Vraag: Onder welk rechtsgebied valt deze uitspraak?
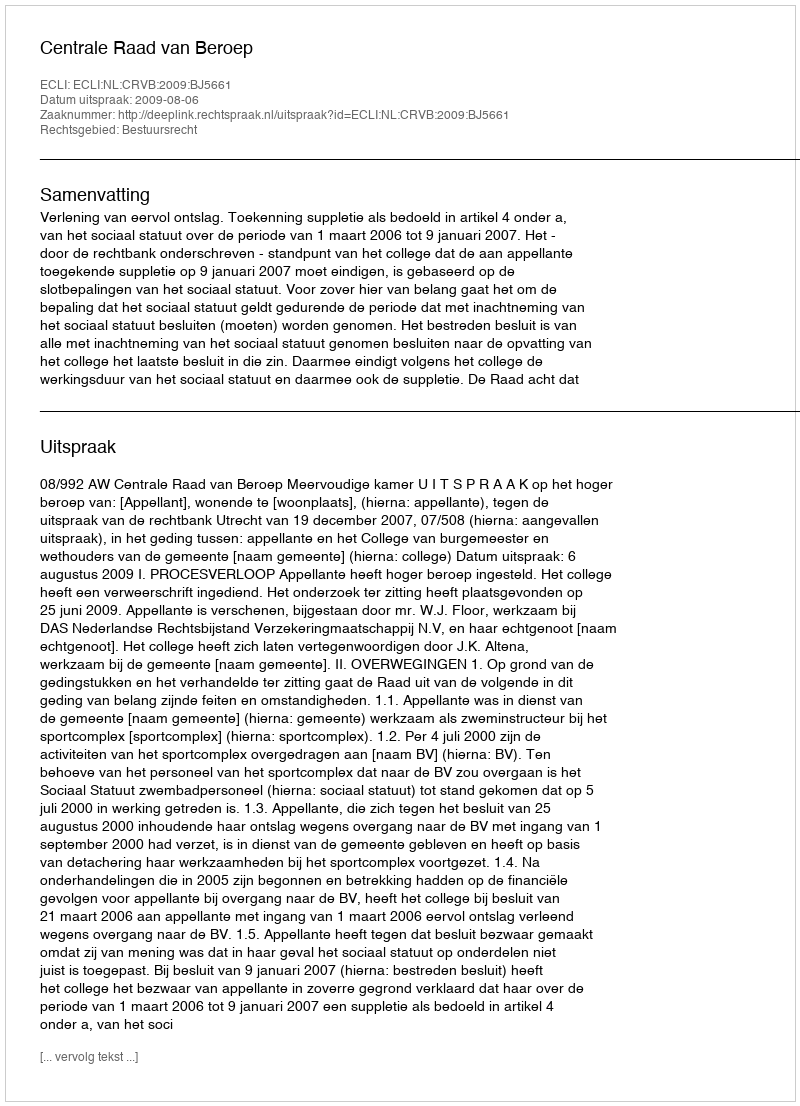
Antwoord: Bestuursrecht